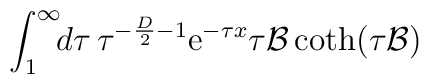
\int_{1}^{\infty}\!\!d\tau\,\tau^{-{D\over2}-1}{\mathrm e}^{-\tau x}\tau{{\cal B}}\coth(\tau{{\cal B}})